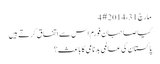
‏مارچ 31، 2014 #4
کیا صاحبان فورم اس سے اتفاق کرتے ہیں
پاکستان کی عالمی بدنامی کا باعث؟